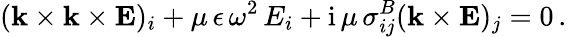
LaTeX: ({\mathbf{k}}\times{\mathbf{k}}\times{\mathbf{E}})_{i}+\mu\, \epsilon\, \omega^{2}\, {{E}_{i}}+\mathrm{i}\, \mu\, {\sigma}_{ij}^{B}({\mathbf{k}}\times{\mathbf{E}})_{j}=0\, .